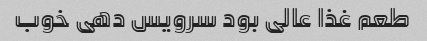
طعم غذا عالی بود سرویس دهی خوب